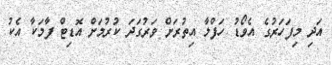
އަދި މިފަހަރުގެ އެވޯޑު ހަފްލާ އިތުރަށް ވަރުގަދަ ކުރުމަށް އޮޑިޓް ފާމަކާ އެކު